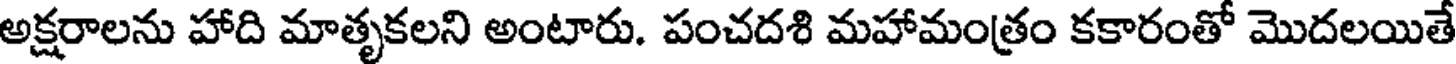
అక్షరాలను హాది మాతృకలని అంటారు. పంచదశి మహామంత్రం కకారంతో మొదలయితే